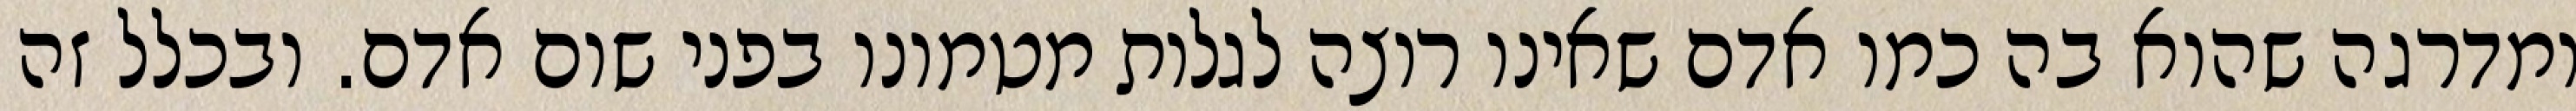
ומדרגה שהוא בה כמו אדם שאינו רוצה לגלות מטמונו בפני שום אדם. ובכלל זה